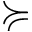
\succcurlyeq